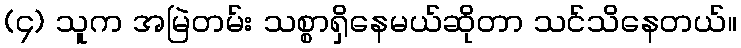
(၄) သူက အမြဲတမ်း သစ္စာရှိနေမယ်ဆိုတာ သင်သိနေတယ်။